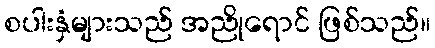
စပါးနှံများသည် အညိုရောင် ဖြစ်သည်။